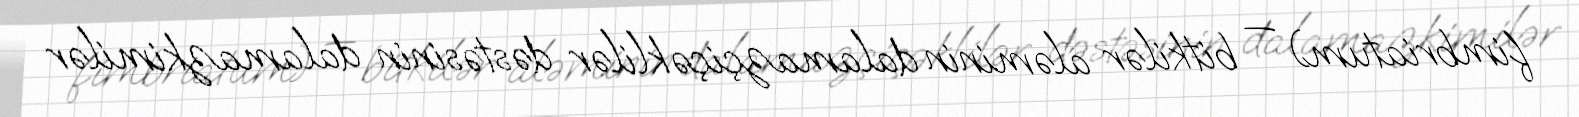
fimbriatum) — bitkilər aləminin dalamazçiçəklilər dəstəsinin dalamazkimilər